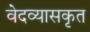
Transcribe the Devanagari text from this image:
वेदव्यासकृत